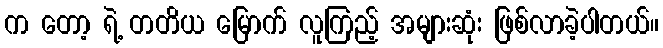
က တော့ ရဲ့ တတိယ မြောက် လူကြည့် အများဆုံး ဖြစ်လာခဲ့ပါတယ်။